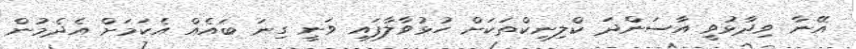
އޭނާ ވިދާޅުވީ އާސަންދަ ކްލިނިކްތަކަށް ހުޅުވާލާފައި ވަނީ ގިނަ ބައެއް އެކަމަށް އެދެމުން